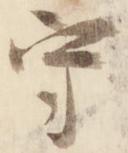
守